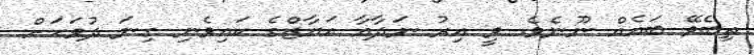
ތިބެވޭ ބައެއް ނޫނެވެ. ވީ އިރު ނަދާއާ އަޔާޒްގެ ކައިވެނި ގިނަ ދުވަހަށް